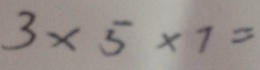
3 \times 5 \times 7 =